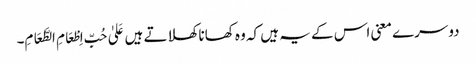
دوسرے معنی اس کے یہ ہیں کہ وہ کھانا کھلاتے ہیں عَلیٰ حُبِّ اِطْعَامِ الطَّعَامِ۔